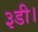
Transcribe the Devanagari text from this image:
३डी।